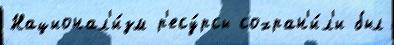
Национал'и́зм р'есу́рсы сохран'и́л'и был